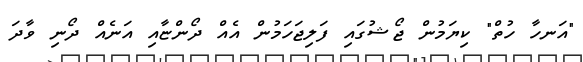
"އަނހާ ހުތް" ކިޔަމުން ޖޯޝުގައި ފަލިޖަހަމުން އެއް ދޯންޏާއި އަނެއް ދޯނި ވާދަ